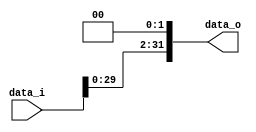
//Subject:      CO project 2 - Shift_Left_Two_32
//--------------------------------------------------------------------------------
//Version:     1
//--------------------------------------------------------------------------------
//Writer:      
//----------------------------------------------
//Date:        
//----------------------------------------------
//Description: 
//--------------------------------------------------------------------------------

module Shift_Left_Two_32(
    data_i,
    data_o
    );

//I/O ports                    
input [32-1:0] data_i;
output [32-1:0] data_o;

//shift left 2
assign data_o=data_i<<2;    
endmodule